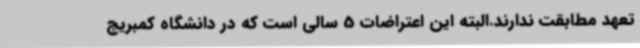
تعهد مطابقت ندارند.البته این اعتراضات 5 سالی است که در دانشگاه کمبریج